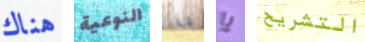
هناك النوعية أنا يا التشريح